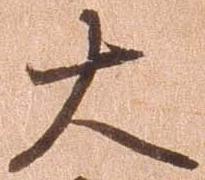
大